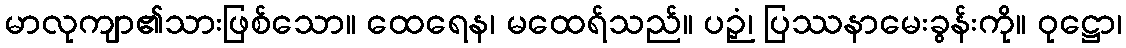
မာလုကျာ၏သားဖြစ်သော။ ထေရေန၊ မထေရ်သည်။ ပဉှံ၊ ပြဿနာမေးခွန်းကို။ ဝုဋ္ဌော၊